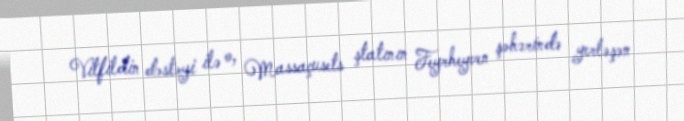
Vitfildin dəstəyi ilə o, Massaçusets ştatının Feyrheyven şəhərində yerləşən